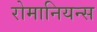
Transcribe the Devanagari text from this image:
रोमानियन्स